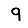
Digit: 9